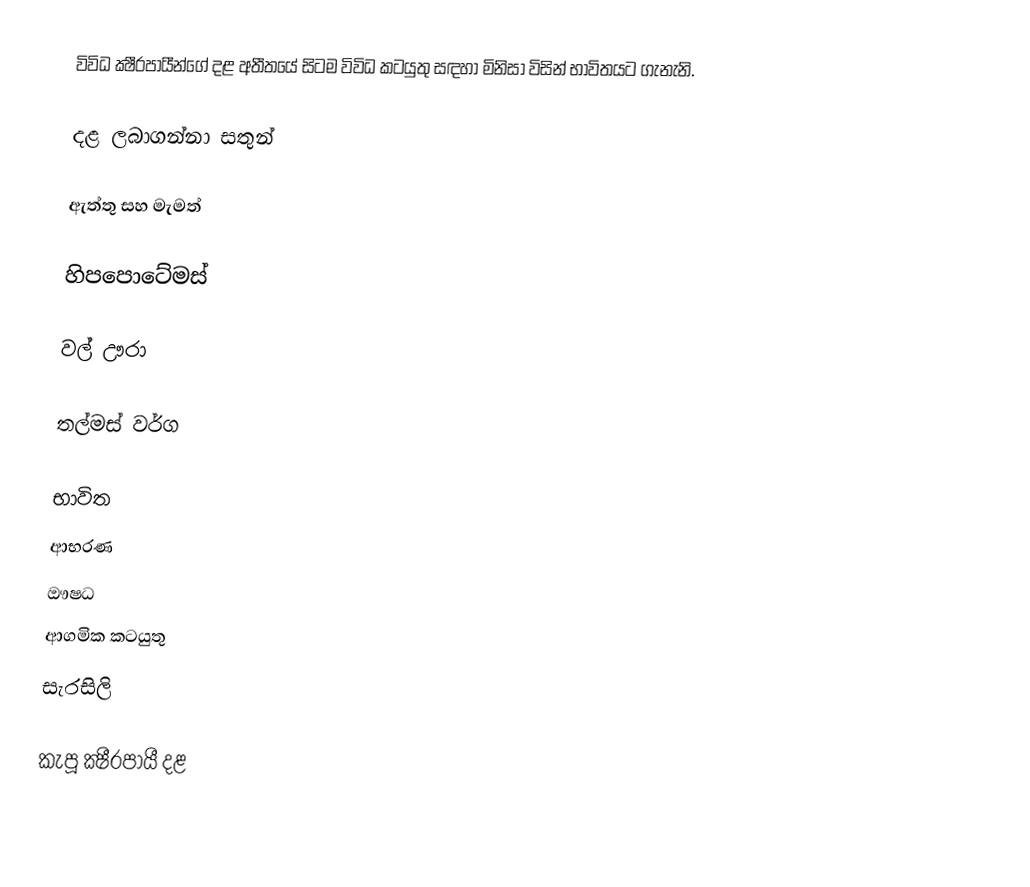
විවිධ ක්‍ෂීරපායීන්ගේ දළ අතීතයේ සිටම විවිධ කටයුතු සඳහා මිනිසා විසින් භාවිතයට ගැනැනි.

දළ ලබාගන්නා සතුන්

ඇත්තු සහ මැමත්

හිපපොටේමස්

වල් ඌරා

තල්මස් වර්ග

භාවිත
 ආභරණ
 ‍ඖෂධ
 ආගමික කටයුතු
 සැරසිලි

කැපූ ක්‍ෂීරපායී දළ